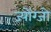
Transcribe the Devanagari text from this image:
ज्योंग्जो